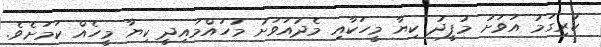
ކުރިގަމު އަވަށު މުފީދު ކިޔާ މީހަކާއި މެދުއަވަށު މުހައްމައިދީ ކިޔާ މީހެއް ކަމަށެވެ.